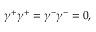
{ \gamma } ^ { + } { \gamma } ^ { + } = { \gamma } ^ { - } { \gamma } ^ { - } = 0 ,